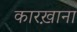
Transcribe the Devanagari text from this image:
कारख़ाना